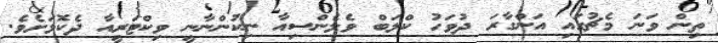
ތިން ވަނަ މެޗުގައި އަންގާރަ ދުވަހު ކްލަބް ވެލެންސިއާ ނިކުންނާނީ ވިކްޓަރީއާ ދެކޮޅަށެވެ.